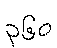
၃၆၀